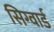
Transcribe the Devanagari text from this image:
सिग्वार्ड